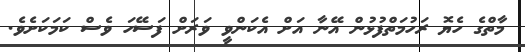
މާތްގެ ހެޔޮ ރަހުމަތްފުޅުން އޭނާ އަށް އެކަންވީ ވަރަށް ފަސޭހަ ވެސް ކަމަކަށެވެ.